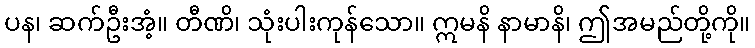
ပန၊ ဆက်ဦးအံ့။ တီဏိ၊ သုံးပါးကုန်သော။ ဣမနိ နာမာနိ၊ ဤအမည်တို့ကို။